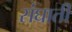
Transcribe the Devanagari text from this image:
संघाती